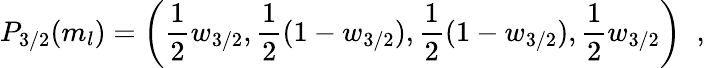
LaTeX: P_{3/2}(m_{l})=\left({\frac{1}{2}}w_{3/2},{\frac{1}{2}}(1-w_{3/2}),{\frac{1}{2}}(1-w_{3/2}),{\frac{1}{2}}w_{3/2}\right)\; \; ,